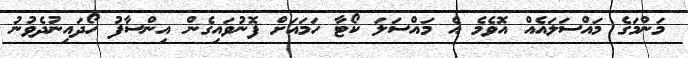
މަންމަގެ މައްސަލައެއް އޮވެމެ އެ މައްސަލަ ކޯޓާ ހަމައަށް ފޮނުވައިގެން އިންސާފު ހޯދައިނުދެވުނު